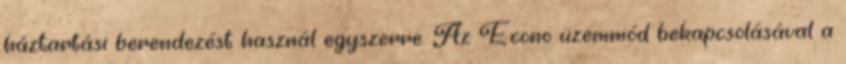
háztartási berendezést használ egyszerre. Az Econo üzemmód bekapcsolásával a